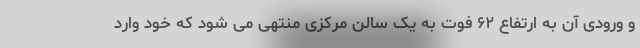
و ورودی آن به ارتفاع ۶۲ فوت به یک سالن مرکزی منتهی می شود که خود وارد